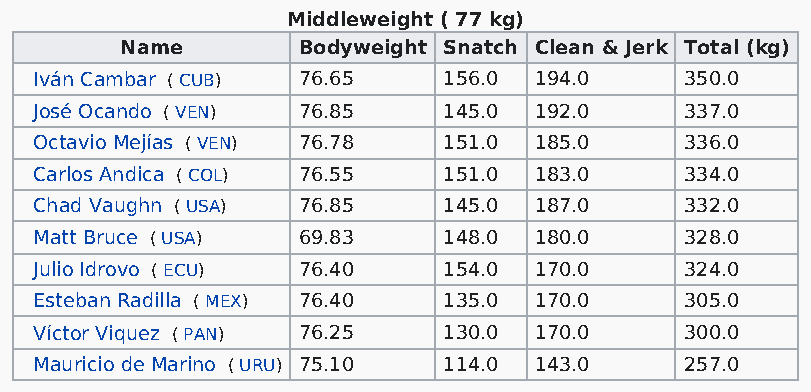
Middleweight ( 77 kg)
 Name        Bodyweight Snatch Clean & Jerk Total (kg)
 Iván Cambar ( CUB) 76.65   156.0 194.0     350.0
 José Ocando ( VEN) 76.85   145.0 192.0     337.0
 Octavio Mejías ( VEN) 76.78 151.0 185.0    336.0
 Carlos Andica ( COL) 76.55 151.0 183.0     334.0
 Chad Vaughn ( USA) 76.85   145.0 187.0     332.0
 Matt Bruce ( USA) 69.83    148.0 180.0     328.0
 Julio Idrovo ( ECU) 76.40  154.0 170.0     324.0
 Esteban Radilla ( MEX) 76.40 135.0 170.0   305.0
 Víctor Viquez ( PAN) 76.25 130.0 170.0     300.0
 Mauricio de Marino ( URU) 75.10 114.0 143.0 257.0